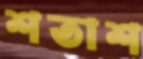
শতাশ